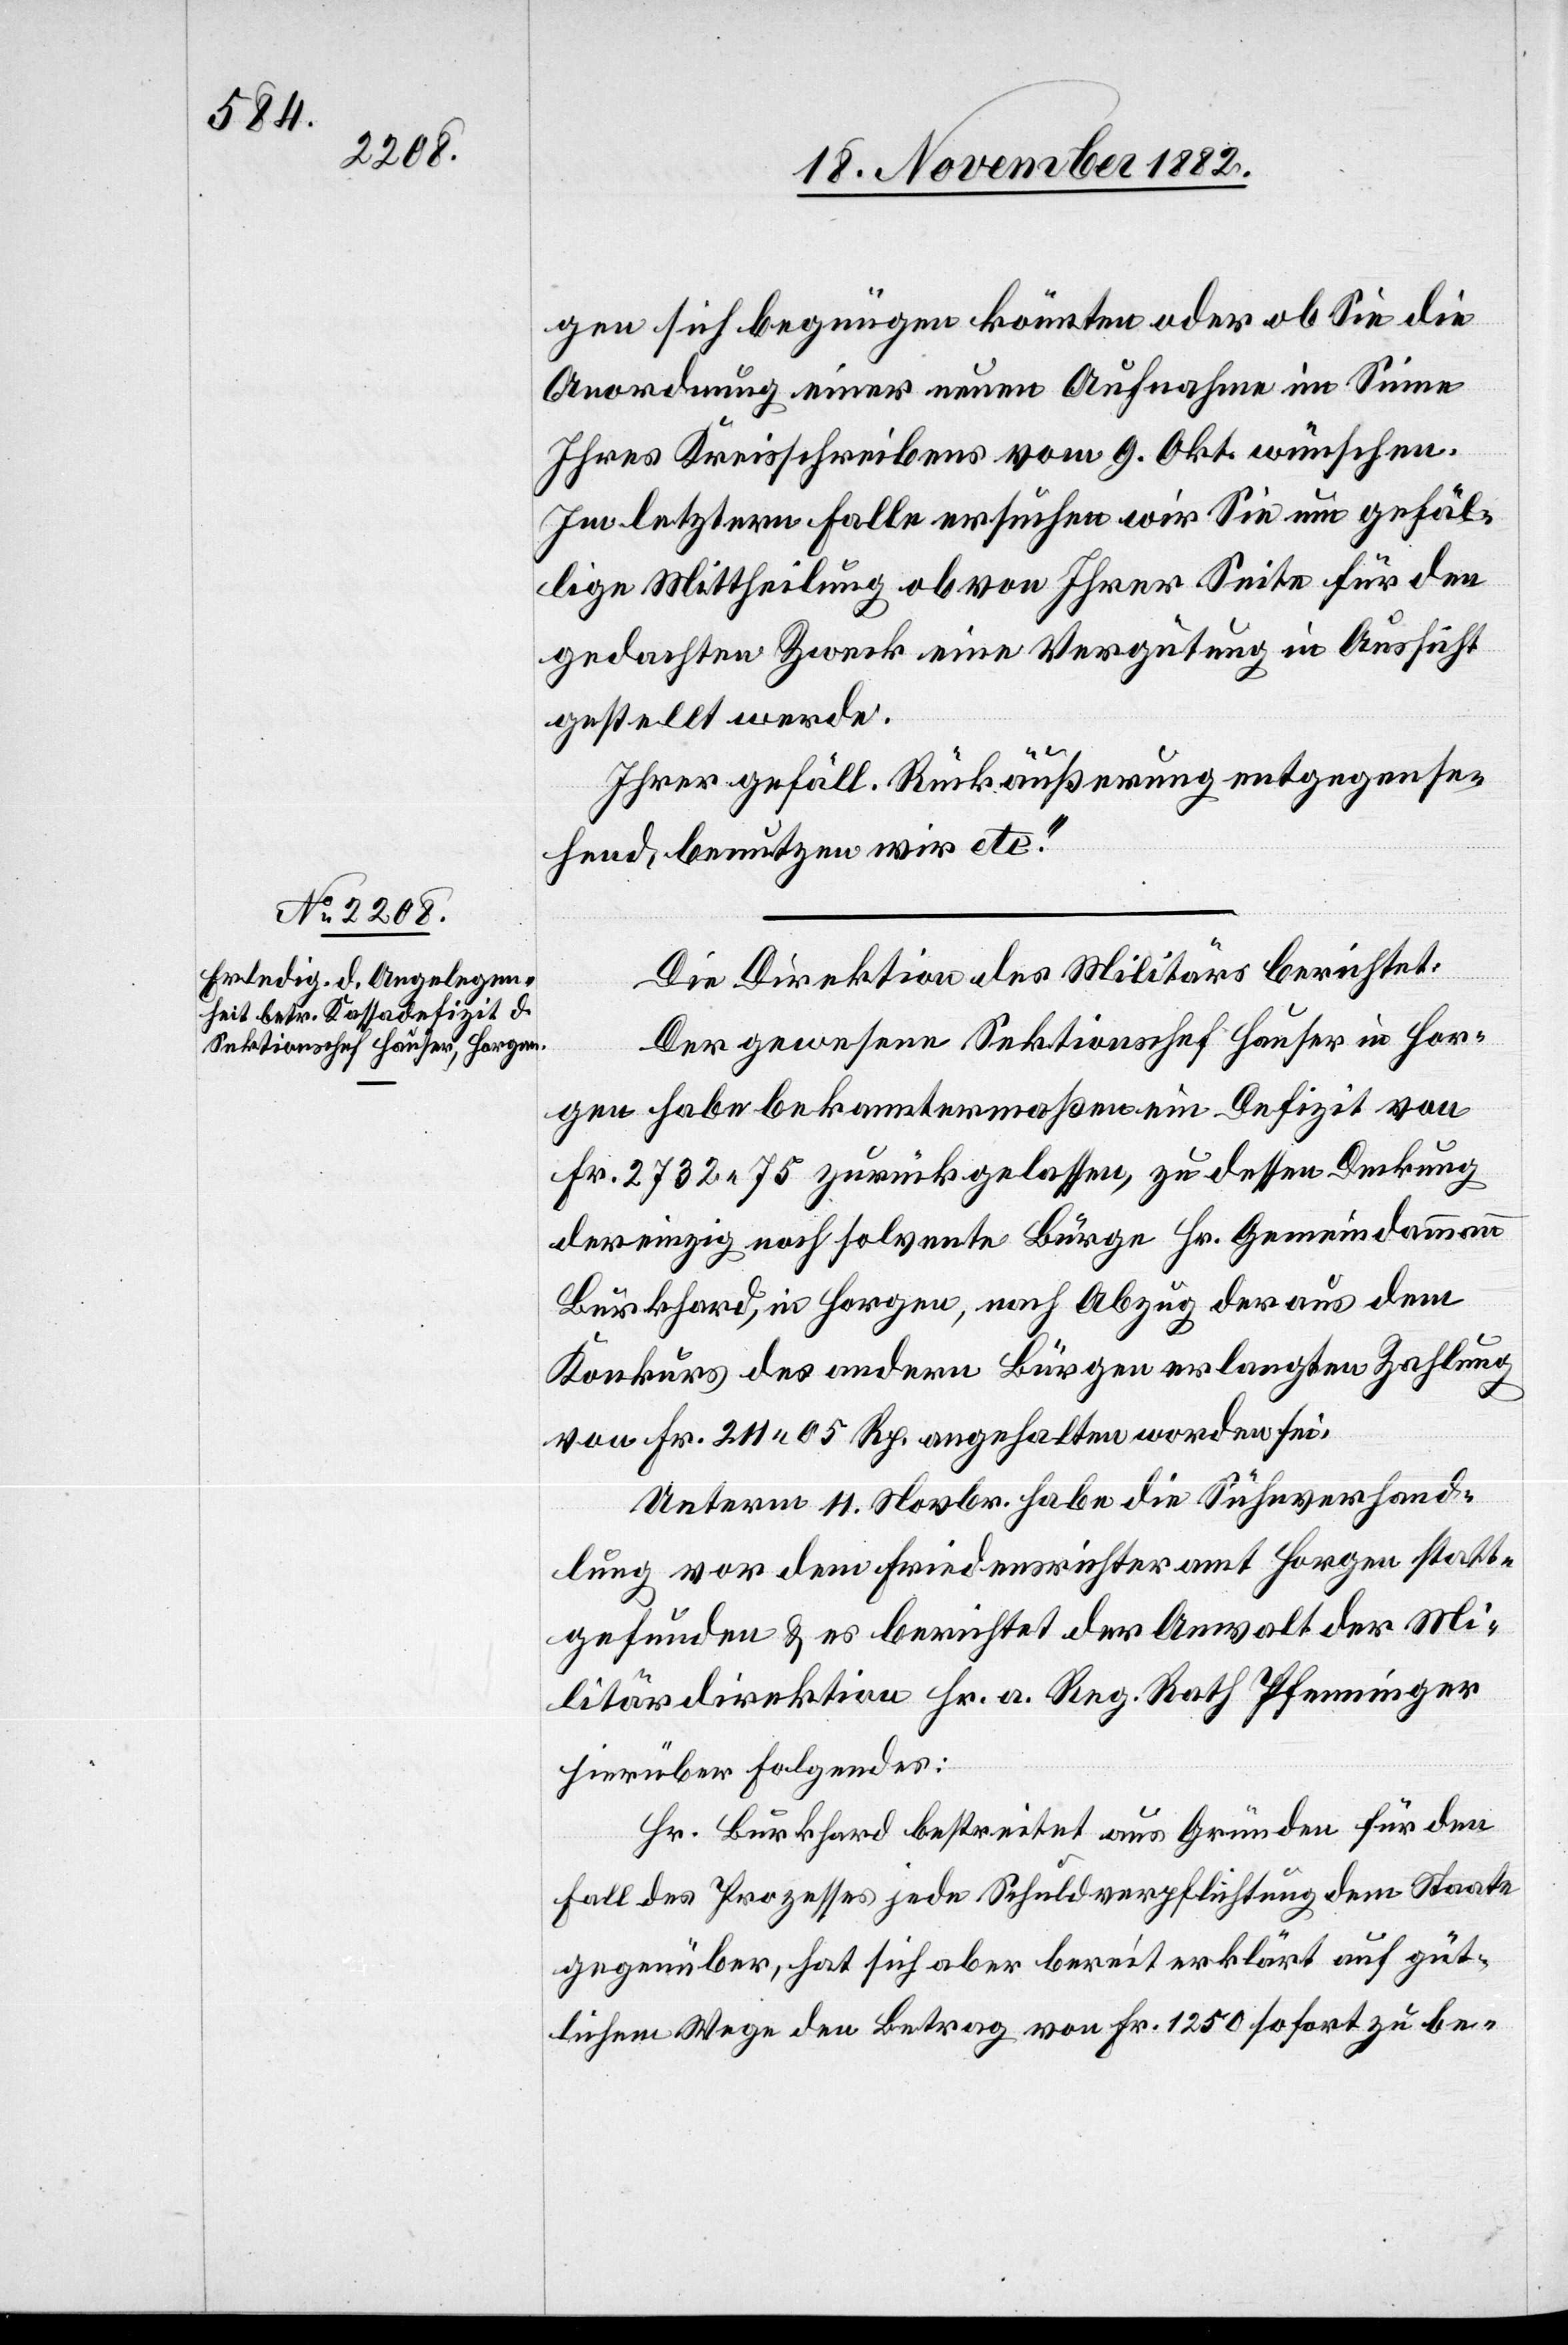
gen sich begnügen könnten oder ob Sie die
Anordnung einer neuen Aufnahme im Sinne
Ihres Kreisschreibens vom 9. Okt. wünschen.
Im letztern Falle ersuchen wir Sie um gefäl¬
lige Mittheilung ob von Ihrer Seite für den
gedachten Zweck eine Vergütung in Aussicht
gestellt werde.
Ihrer gefäll. Rückäußerung entgegense¬
hend, benutzen wir etc.“
Die Direktion des Militärs berichtet:
Der gewesene Sektionschef Hauser in Hor¬
gen habe bekanntermaßen ein Defizit von
Fr. 2732 75 zurückgelassen, zu dessen Deckung
der einzig noch solvente Bürge Hr. Gemeindammann
Burkhard, in Horgen, nach Abzug der aus dem
Konkurs des andern Bürgen erlangten Zahlung
von Fr. 211 05 Rp. angehalten worden sei.
Unterm 11. Novbr. habe die Sühnverhand¬
lung vor dem Friedensrichteramt Horgen statt¬
gefunden & es berichtet der Anwalt der Mi¬
litärdirektion Hr. a. Reg. Rath Pfenninger
hierüber Folgendes:
Hr. Burkhard bestreitet aus Gründen für den
Fall des Prozesses jede Schuldverpflichtung dem Staate
gegenüber, hat sich aber bereit erklärt auf güt¬
lichem Wege den Betrag von Fr. 1250 sofort zu be-